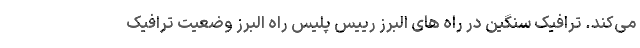
می­کند. ترافیک سنگین در راه های البرز رییس پلیس راه البرز وضعیت ترافیک